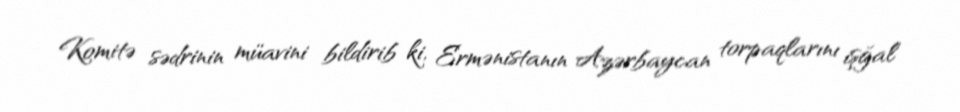
Komitə sədrinin müavini bildirib ki, Ermənistanın Azərbaycan torpaqlarını işğal